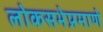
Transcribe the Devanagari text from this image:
लोकसभेप्रमाणे